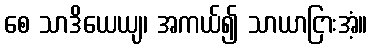
စေ သာဒိယေယျ၊ အကယ်၍ သာယာငြားအံ့။